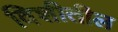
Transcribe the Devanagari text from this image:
विशीतील